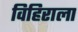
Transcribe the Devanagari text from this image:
विहिराला